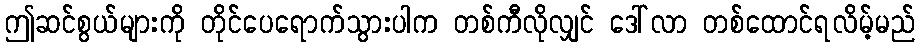
ဤဆင်စွယ်များကို တိုင်ပေရောက်သွားပါက တစ်ကီလိုလျှင် ဒေါ်လာ တစ်ထောင်ရလိမ့်မည်